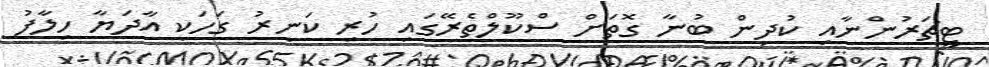
ޓީޗަރުންނާއި ކުދިން ބުނާ ގޮތަށް ސްކޫލްތެރޭގައި ހުރި ކަނީރު ގަހަކީ އާދަޔާ ހިލާފު